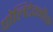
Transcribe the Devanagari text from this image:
पोलिटेक्नीक